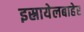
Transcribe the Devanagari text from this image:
इस्रायेलबाहेर